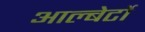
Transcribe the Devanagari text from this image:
आल्बेर्टो